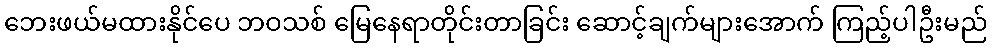
ဘေးဖယ်မထားနိုင်ပေ ဘဝသစ် မြေနေရာတိုင်းတာခြင်း ဆောင့်ချက်များအောက် ကြည့်ပါဦးမည်